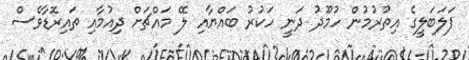
ފަލަބަލީގެ އިތުރުމުން ހުމޫދު ދަނީ ހަކުރު ބައްޔާއި ލޭ މައްޗަށް ދިއުމާއި ތައިރޮޑާވެސް